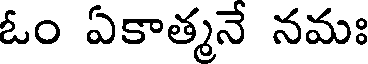
ఓం ఏకాత్మనే నమః